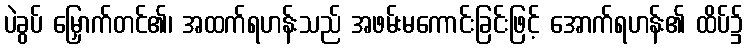
ပဲခွပ် မြှောက်တင်၏၊ အထက်ရဟန်းသည် အဖမ်းမကောင်းခြင်းဖြင့် အောက်ရဟန်း၏ ထိပ်၌